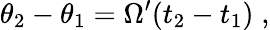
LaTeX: \theta_{2}-\theta_{1}=\Omega^{\prime}(t_{2}-t_{1})\; ,